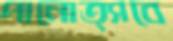
পানোত্সবে